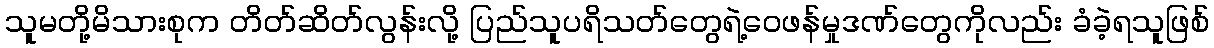
သူမတို့မိသားစုက တိတ်ဆိတ်လွန်းလို့ ပြည်သူပရိသတ်တွေရဲ့ဝေဖန်မှုဒဏ်တွေကိုလည်း ခံခဲ့ရသူဖြစ်